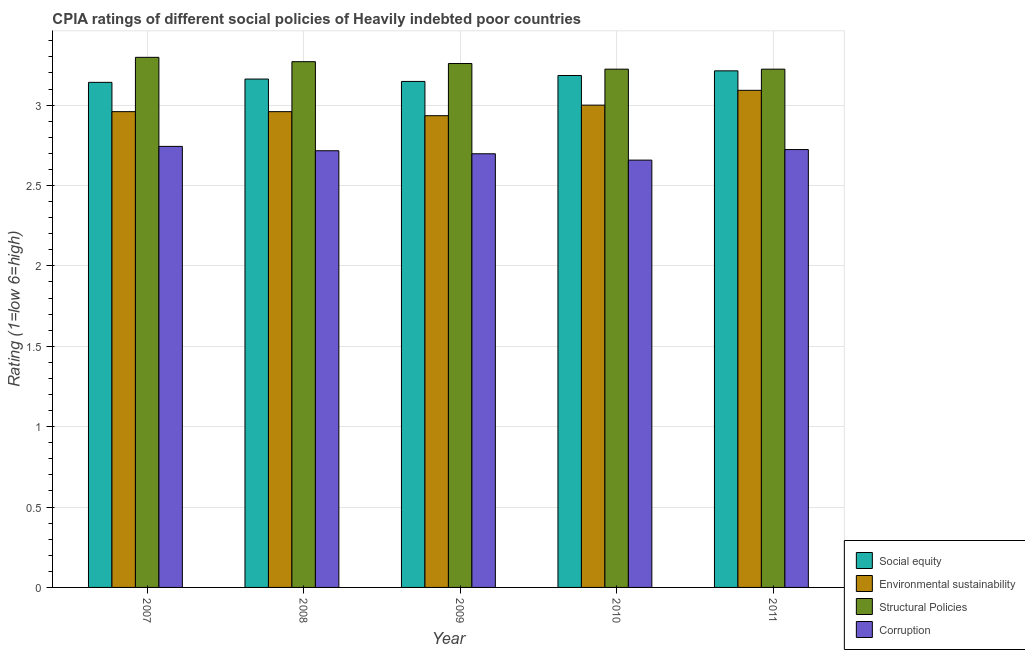
| Year | Social equity | Environmental sustainability | Structural Policies | Corruption |
 | --- | --- | --- | --- | --- |
 | 2007 | 3.14 | 2.96 | 3.3 | 2.74 |
 | 2008 | 3.16 | 2.96 | 3.27 | 2.72 |
 | 2009 | 3.15 | 2.93 | 3.26 | 2.7 |
 | 2010 | 3.18 | 3 | 3.22 | 2.66 |
 | 2011 | 3.21 | 3.09 | 3.22 | 2.72 |